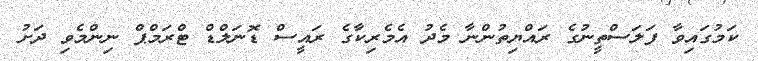
ކަމުގައިވާ ފަލަސްތީނުގެ ރައްޔިތުންނާ މެދު އެމެރިކާގެ ރައީސް ޑޮނަލްޑް ޓްރަމްޕް ނިންމެވި ދަށު